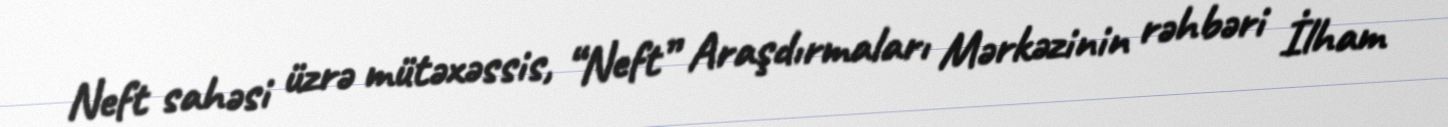
Neft sahəsi üzrə mütəxəssis, “Neft” Araşdırmaları Mərkəzinin rəhbəri İlham